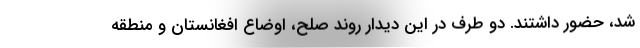
شد، حضور داشتند. دو طرف در این دیدار روند صلح، اوضاع افغانستان و منطقه